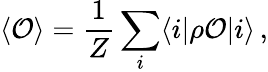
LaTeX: \langle{\cal O}\rangle=\frac{1}{Z}\sum_{i}\langle i|\rho{\cal O}|i\rangle\, ,